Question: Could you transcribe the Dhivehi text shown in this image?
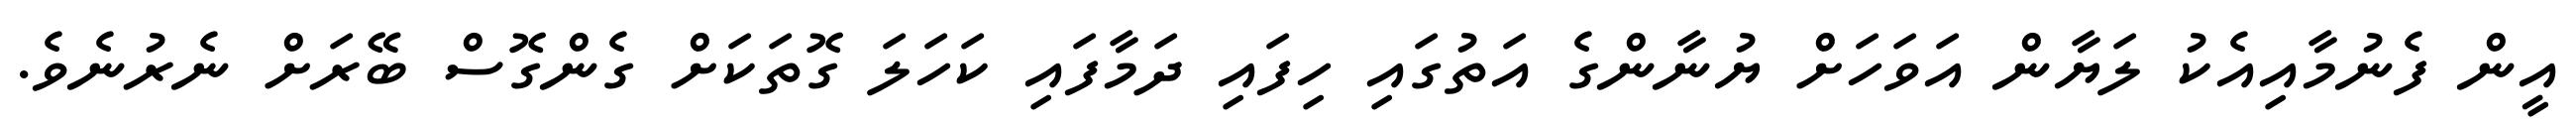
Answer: އީން ފެނުމާއިއެކު ލަޔާން އަވަހަށް ޔުނާންގެ އަތުގައި ހިފައި ދަމާފައި ކަހަލަ ގޮތަކަށް ގެންގޮސް ބޭރަށް ނެރުނެވެ.